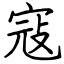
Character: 寇